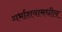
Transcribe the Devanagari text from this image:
गर्भाशयामधील